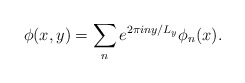
\begin{align*}\phi(x,y)=\sum_ne^{2\pi iny/L_y}\phi_n(x).\end{align*}